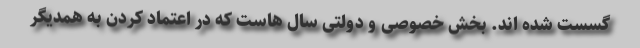
گسست شده اند. بخش خصوصی و دولتی سال هاست که در اعتماد کردن به همدیگر